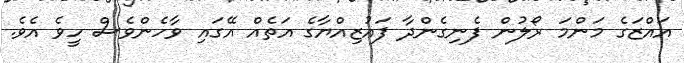
އައްޒަގެ މަންމަ ރޯލުން ފެނިގެންދާ ފައުޒިއްޔާގެ އަތެއް އޭގައި ވާހެންވެސް ހީވެ އެވެ.